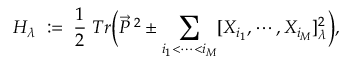
H _ { \lambda } \; : = \; \frac 1 2 \; T r \biggl ( \vec { P } ^ { \; 2 } \pm \sum _ { i _ { 1 } < \cdots < i _ { M } } [ X _ { i _ { 1 } } , \cdots , X _ { i _ { M } } ] _ { \lambda } ^ { 2 } \biggr ) ,